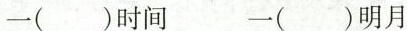
一( )时间 一( )明月